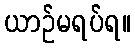
ယာဉ်မရပ်ရ။